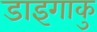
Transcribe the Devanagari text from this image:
डाइगाकु